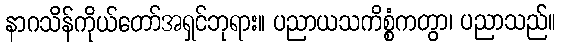
နာဂသိန်ကိုယ်တော်အရှင်ဘုရား။ ပညာယသကိစ္စံကတွာ၊ ပညာသည်။